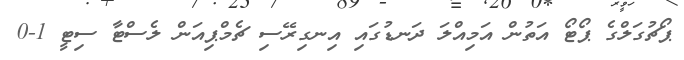
ޕޯޗުގަލްގެ ޕޯޓޯ އަތުން އަމިއްލަ ދަނޑުގައި އިނގިރޭސި ޗެމްޕިއަން ލެސްޓާ ސިޓީ 1-0